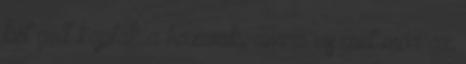
két gólt kaptak a hazaiak, amire viszont már az